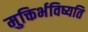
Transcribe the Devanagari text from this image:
मुक्तिर्भविष्यति